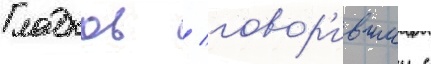
Гладков / говор'ившии с